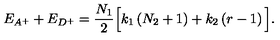
E _ { A ^ { + } } + E _ { D ^ { + } } = \frac { N _ { 1 } } { 2 } \Big [ k _ { 1 } \left( N _ { 2 } + 1 \right) + k _ { 2 } \left( r - 1 \right) \Big ] .